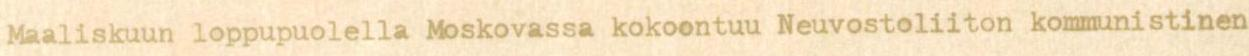
Maaliskuun loppupuolella Moskovassa kokoontuu Neuvostoliiton kommunistinen